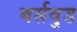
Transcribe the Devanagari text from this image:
बर्सवुड